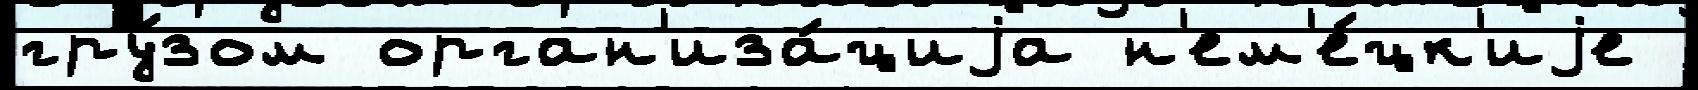
гру́зом орган'иза́циjа н'ем'е́цк'иjе